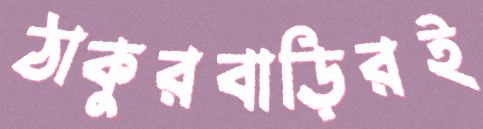
ঠাকুরবাড়িরই